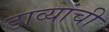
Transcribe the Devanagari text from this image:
डाव्यांची